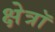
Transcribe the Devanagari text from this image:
क्षेत्रॉ